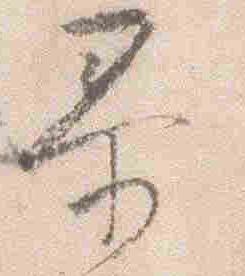
泰